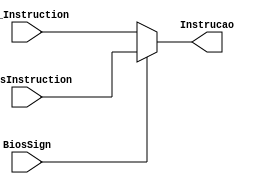
module MultiplexeMe(
	input BiosSign,
	input [31:0] BiosInstruction, MP_Instruction,
	output reg [31:0] Instrucao
	);

	always@(*)
	begin
	
		if(BiosSign == 1'B1)
		begin
			Instrucao <= BiosInstruction;
		end
			else
			begin
				Instrucao <= MP_Instruction;
			end
			
	end

endmodule